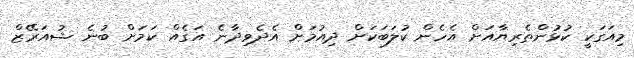
މިއަގަކީ ކުޅުންތެރިޔާއަށް އެހެން ކުލަބަކަށް ދިއުމަށް އެދެވިދާނެ އަގެއް ކަމަށް ބުނެ ޝުއަރޭޒް